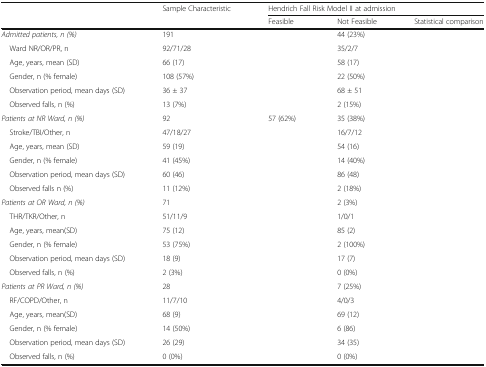
<table><thead><tr><td rowspan="2">[EMPTY_CELL]</td><td rowspan="2"><b>Sample Characteristic</b></td><td colspan="3"><b>Hendrich Fall Risk Model II at admission</b></td></tr><tr><td><b>Feasible</b></td><td><b>Not Feasible</b></td><td><b>Statistical comparison</b></td></tr></thead><tbody><tr><td><i>Admitted patients, n (%)</i></td><td>191</td><td>[EMPTY_CELL]</td><td>44 (23%)</td><td>[EMPTY_CELL]</td></tr><tr><td> Ward NR/OR/PR, n</td><td>92/71/28</td><td>[EMPTY_CELL]</td><td>35/2/7</td><td>[EMPTY_CELL]</td></tr><tr><td> Age, years, mean (SD)</td><td>66 (17)</td><td>[EMPTY_CELL]</td><td>58 (17)</td><td>[EMPTY_CELL]</td></tr><tr><td> Gender, n (% female)</td><td>108 (57%)</td><td>[EMPTY_CELL]</td><td>22 (50%)</td><td>[EMPTY_CELL]</td></tr><tr><td> Observation period, mean days (SD)</td><td>36 ± 37</td><td>[EMPTY_CELL]</td><td>68 ± 51</td><td>[EMPTY_CELL]</td></tr><tr><td> Observed falls, n (%)</td><td>13 (7%)</td><td>[EMPTY_CELL]</td><td>2 (15%)</td><td>[EMPTY_CELL]</td></tr><tr><td><i>Patients at NR Ward, n (%)</i></td><td>92</td><td>57 (62%)</td><td>35 (38%)</td><td>[EMPTY_CELL]</td></tr><tr><td> Stroke/TBI/Other, n</td><td>47/18/27</td><td>[EMPTY_CELL]</td><td>16/7/12</td><td>[EMPTY_CELL]</td></tr><tr><td> Age, years, mean (SD)</td><td>59 (19)</td><td>[EMPTY_CELL]</td><td>54 (16)</td><td>[EMPTY_CELL]</td></tr><tr><td> Gender, n (% female)</td><td>41 (45%)</td><td>[EMPTY_CELL]</td><td>14 (40%)</td><td>[EMPTY_CELL]</td></tr><tr><td> Observation period, mean days (SD)</td><td>60 (46)</td><td>[EMPTY_CELL]</td><td>86 (48)</td><td>[EMPTY_CELL]</td></tr><tr><td> Observed falls n (%)</td><td>11 (12%)</td><td>[EMPTY_CELL]</td><td>2 (18%)</td><td>[EMPTY_CELL]</td></tr><tr><td><i>Patients at OR Ward, n (%)</i></td><td>71</td><td>[EMPTY_CELL]</td><td>2 (3%)</td><td>[EMPTY_CELL]</td></tr><tr><td> THR/TKR/Other, n</td><td>51/11/9</td><td>[EMPTY_CELL]</td><td>1/0/1</td><td>[EMPTY_CELL]</td></tr><tr><td> Age, years, mean(SD)</td><td>75 (12)</td><td>[EMPTY_CELL]</td><td>85 (2)</td><td>[EMPTY_CELL]</td></tr><tr><td> Gender, n (% female)</td><td>53 (75%)</td><td>[EMPTY_CELL]</td><td>2 (100%)</td><td>[EMPTY_CELL]</td></tr><tr><td> Observation period, mean days (SD)</td><td>18 (9)</td><td>[EMPTY_CELL]</td><td>17 (7)</td><td>[EMPTY_CELL]</td></tr><tr><td> Observed falls, n (%)</td><td>2 (3%)</td><td>[EMPTY_CELL]</td><td>0 (0%)</td><td>[EMPTY_CELL]</td></tr><tr><td><i>Patients at PR Ward, n (%)</i></td><td>28</td><td>[EMPTY_CELL]</td><td>7 (25%)</td><td>[EMPTY_CELL]</td></tr><tr><td> RF/COPD/Other, n</td><td>11/7/10</td><td>[EMPTY_CELL]</td><td>4/0/3</td><td>[EMPTY_CELL]</td></tr><tr><td> Age, years, mean(SD)</td><td>68 (9)</td><td>[EMPTY_CELL]</td><td>69 (12)</td><td>[EMPTY_CELL]</td></tr><tr><td> Gender, n (% female)</td><td>14 (50%)</td><td>[EMPTY_CELL]</td><td>6 (86)</td><td>[EMPTY_CELL]</td></tr><tr><td> Observation period, mean days (SD)</td><td>26 (29)</td><td>[EMPTY_CELL]</td><td>34 (35)</td><td>[EMPTY_CELL]</td></tr><tr><td> Observed falls, n (%)</td><td>0 (0%)</td><td>[EMPTY_CELL]</td><td>0 (0%)</td><td>[EMPTY_CELL]</td></tr></tbody></table>